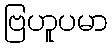
ဗြဟူပမာ